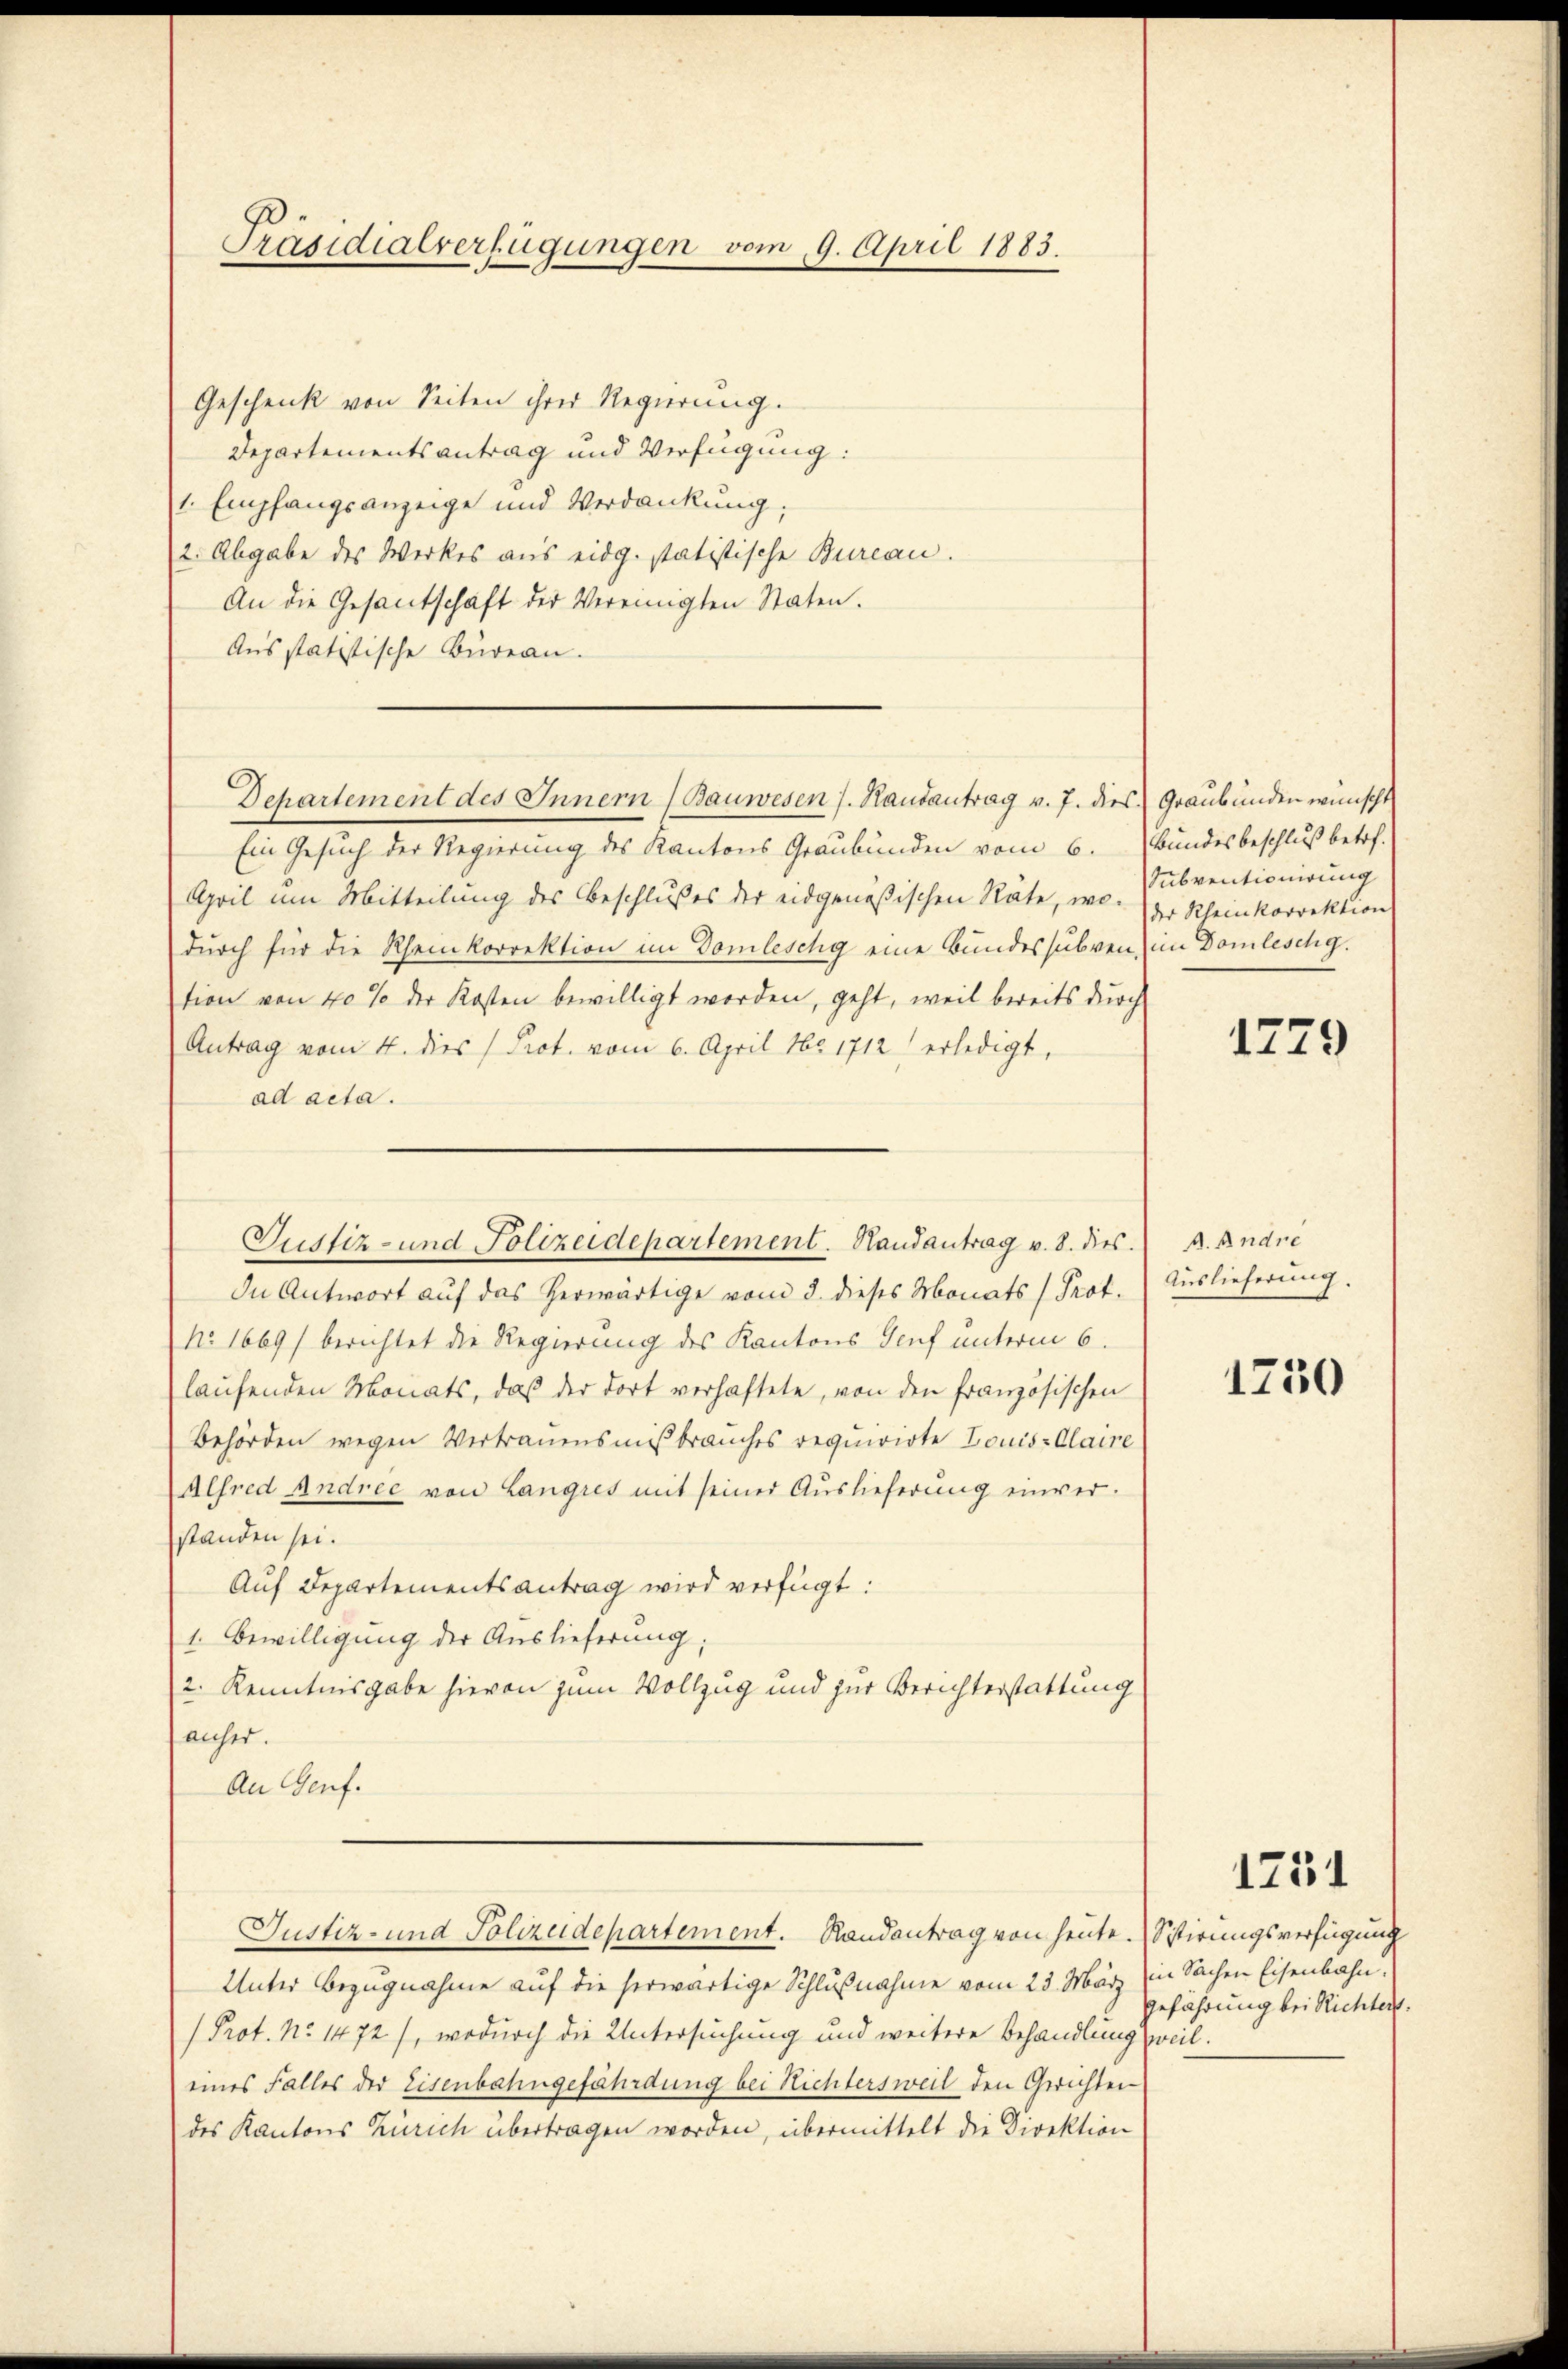
Präsidialverfügungen vom 9. April 1883.

Geschenk von Seiten ihrer Regierung.
Departementsantrag und Verfügung:
1. Empfangsanzeige und Verdankung;
2. Abgabe des Werkes aus eidg. statistische Bureau.
An die Gesantschaft der Vereinigten Staten.
Ausstatistische Büreau.
Ein Gesuch der Regierung des Kantons Graubünden vom 6. Bundesbeschluß betref-
April um Mitteilung des Beschlußes der eidgenößischen Räte, wo der Kleinkorrektion
durch für die Rheinkorrektion im Domleschy eine Bundessubven, im Domleschg.
tion von 40% der Kosten bewilligt worden, geht, weil bereits durch
Antrag vom 4. dies Prot. vom 6. April 181712 erledigt,
ad acta.
In Antwort auf das herwärtige vom 3. dieses Monats (Prot.
No. 1669/ berichtet die Regierung des Kantons Genf unterm 6.
laŭfenden Monats, daß der dort verhaftete, von den französischen
Behörden wegen Vertrauensmißbrauches requirirte Louis-Claire
Alfred Andree von Langres mit seiner Auslieferung einverstanden sei.
Auf Departementsantrag wird verfügt:
1. Bewilligung der Auslieferung;
2. Kenntnisgabe hievon zum Vollzug und zur Berichterstattung
anher.
An Genf.
Justiz- und Polizeidepartement. Randantrag von heute. Sistirungsverfügung
Unter Bezugnahme auf die herwärtige Schlußnahme vom 23. März (in Sachen Eisenbahn¬
Prot. No 1472), wodurch die Untersuchung und weitere Behandlung weil.
eines Falles der Eisenbahngefährdung bei Nichtersweil den Gerichten
des Kantons Zürich übertragen worden, übermittelt die Direktion

Departement des Innern (Bauwesen s. Handantrag v. 7. dies Graubünden wünscht

Justiz- und Polizeidepartement. Handantrag v. 8. dies. A. Andre

Subventionirung

1729

Auslieferung.

1250

1231

Geführung bei Richter.